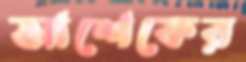
আশেকের